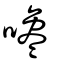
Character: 嚵